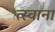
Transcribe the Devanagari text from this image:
त्स्वाना